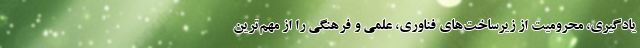
یادگیری، محرومیت از زیرساخت‌های فناوری، علمی و فرهنگی را از مهم‌ترین